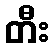
တီး